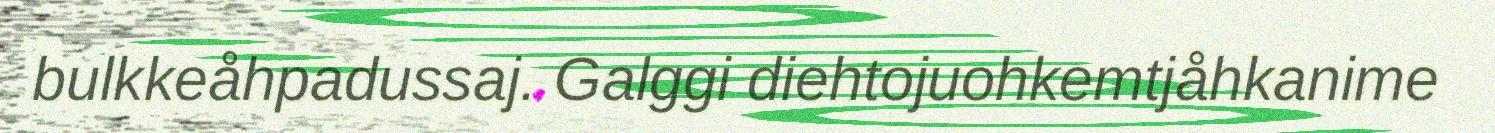
bulkkeåhpadussaj. Galggi diehtojuohkemtjåhkanime